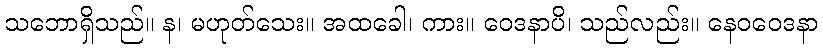
သဘောရှိသည်။ န၊ မဟုတ်သေး။ အထခေါ၊ ကား။ ဝေဒနာပိ၊ သည်လည်း။ နေဝဝေဒနာ